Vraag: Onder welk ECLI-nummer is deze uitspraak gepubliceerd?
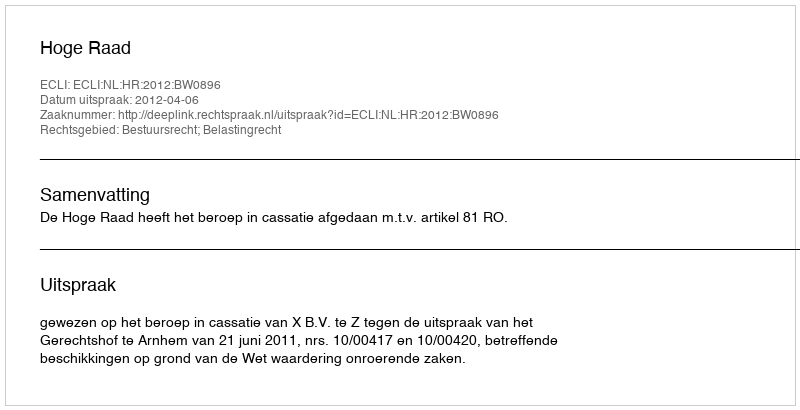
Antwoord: ECLI:NL:HR:2012:BW0896